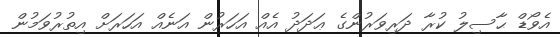
އެވޯޑް ޙާސިލު ކުރާ ދަރިވަރުންގެ ޢަދަދު އެއް އަހަރުން އަނެއް އަހަރަށް އިތުރުވަމުން